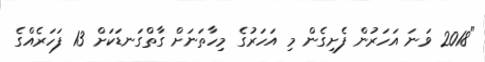
"2018 ވަނަ އަހަރުން ފެށިގެން މި އަހަރުގެ މިހާތަނަށް ގާތްގަނޑަކަށް 13 ފަހަރެއްގެ